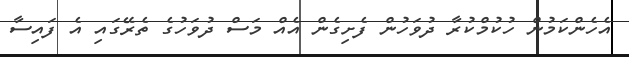
އެހެންކަމުން ހުކުމްކުރާ ދުވަހުން ފެށިގެން އެއް މަސް ދުވަހުގެ ތެރޭގައި އެ ފައިސާ